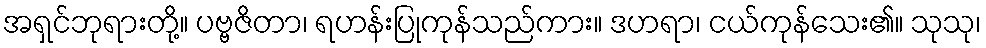
အရှင်ဘုရားတို့။ ပဗ္ဗဇိတာ၊ ရဟန်းပြုကုန်သည်ကား။ ဒဟရာ၊ ငယ်ကုန်သေး၏။ သုသု၊